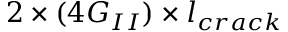
2 \times ( 4 G _ { I I } ) \times l _ { c r a c k }